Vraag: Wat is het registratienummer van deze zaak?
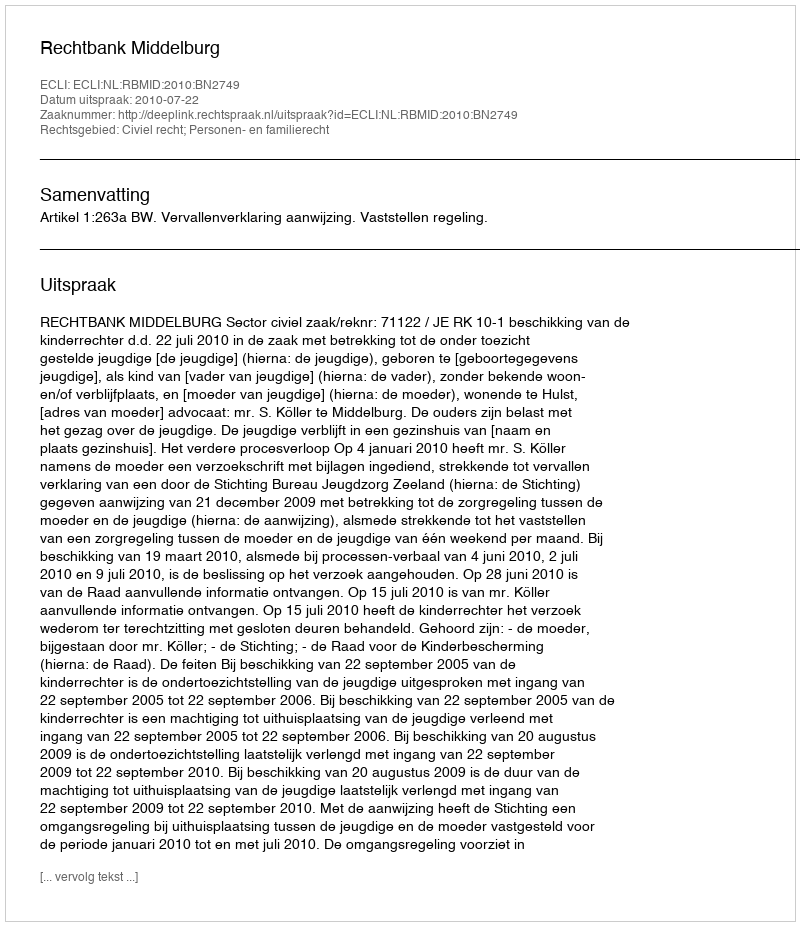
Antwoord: http://deeplink.rechtspraak.nl/uitspraak?id=ECLI:NL:RBMID:2010:BN2749